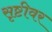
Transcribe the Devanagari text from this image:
सृष्टीवर